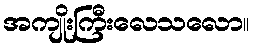
အကျိုးကြီးလေသလော။